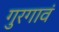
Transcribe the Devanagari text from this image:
गुरगावं